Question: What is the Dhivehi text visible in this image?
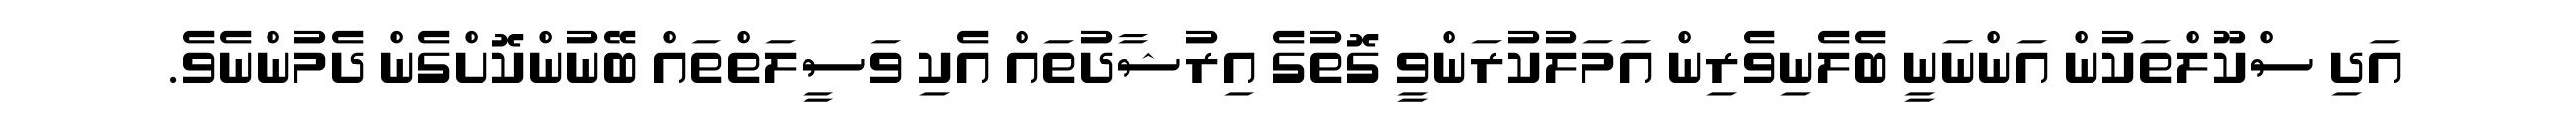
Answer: އަދި ސްކޫލްތަކުން އަންނަނީ ބެލެނިވެރިން އަމަލުކުރަންވީ ގޮތުގެ އިރުޝާދުތައް އެކި ވަސީލަތްތައް ބޭނުންކޮށްގެން ދެމުންނެވެ.